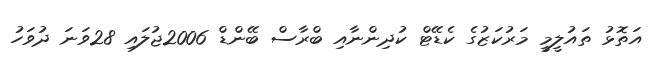
އަތޮޅު ތައުލީމީ މަރުކަޒުގެ ކެޑޭޓް ކުދިންނާއި ބްރާސް ބޭންޑް 2006ޖުލައި 28ވަނަ ދުވަހު